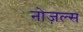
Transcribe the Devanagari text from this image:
नोज़ल्स